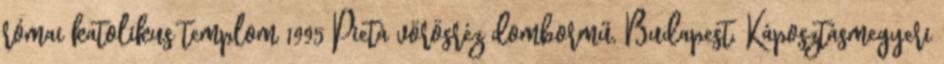
római katolikus templom 1995 Pietà vörösréz dombormű, Budapest, Káposztásmegyeri